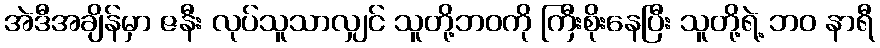
အဲဒီအချိန်မှာ ဇနီး လုပ်သူသာလျှင် သူတို့ဘဝကို ကြီးစိုးနေပြီး သူတို့ရဲ့ ဘဝ နာရီ